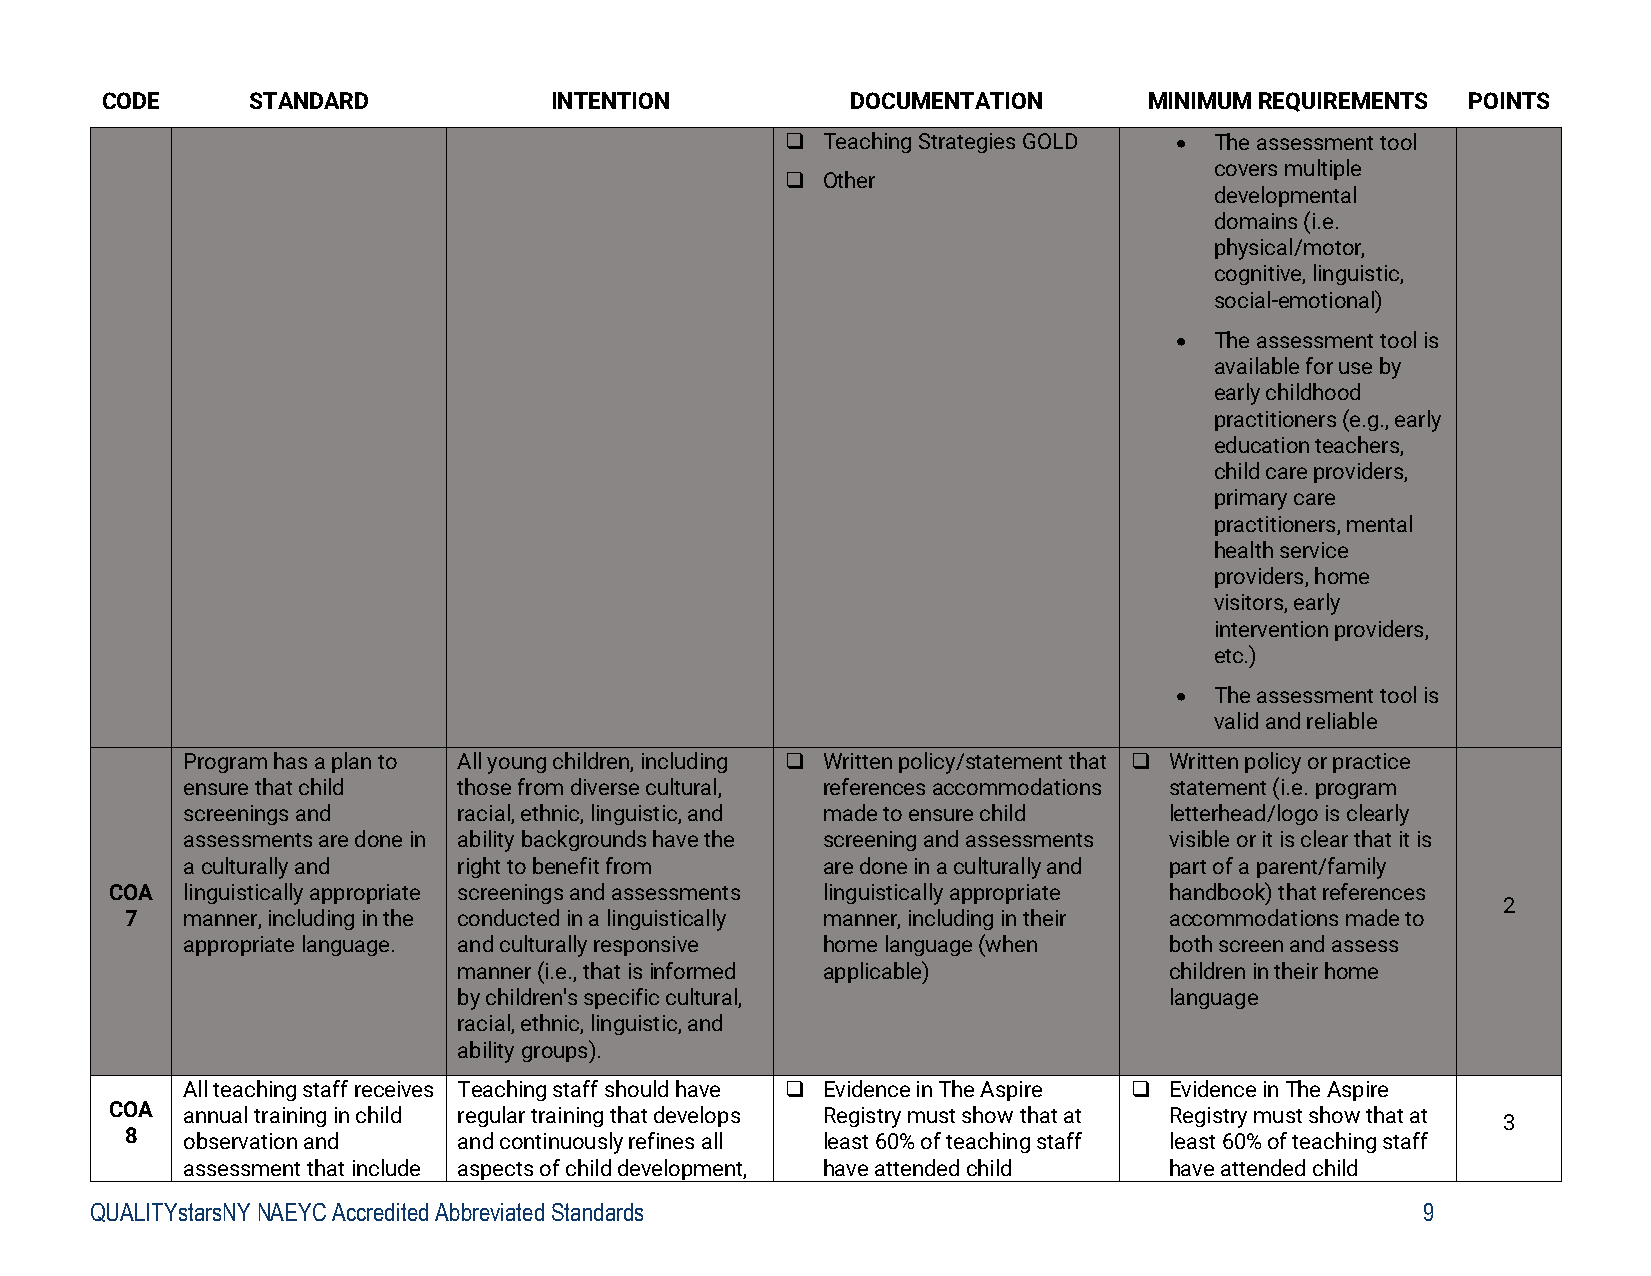
CODE     STANDARD            INTENTION           DOCUMENTATION       MINIMUM REQUIREMENTS POINTS
  Teaching Strategies GOLD  The assessment tool
 covers multiple
  Other
 developmental
 domains (i.e.
 physical/motor,
 cognitive, linguistic,
 social-emotional)
  The assessment tool is
 available for use by
 early childhood
 practitioners (e.g., early
 education teachers,
 child care providers,
 primary care
 practitioners, mental
 health service
 providers, home
 visitors, early
 intervention providers,
 etc.)
  The assessment tool is
 valid and reliable
 Program has a plan to All young children, including  Written policy/statement that  Written policy or practice
 ensure that child those from diverse cultural, references accommodations statement (i.e. program
 screenings and    racial, ethnic, linguistic, and made to ensure child letterhead/logo is clearly
 assessments are done in ability backgrounds have the screening and assessments visible or it is clear that it is
 a culturally and  right to benefit from   are done in a culturally and part of a parent/family
 COA  linguistically appropriate screenings and assessments linguistically appropriate handbook) that references
 2
 7   manner, including in the conducted in a linguistically manner, including in their accommodations made to
 appropriate language. and culturally responsive home language (when both screen and assess
 manner (i.e., that is informed applicable)     children in their home
 by children's specific cultural,               language
 racial, ethnic, linguistic, and
 ability groups).
 All teaching staff receives Teaching staff should have  Evidence in The Aspire  Evidence in The Aspire
 COA  annual training in child regular training that develops Registry must show that at Registry must show that at
 3
 8   observation and   and continuously refines all least 60% of teaching staff least 60% of teaching staff
 assessment that include aspects of child development, have attended child have attended child
 QUALITYstarsNY NAEYC Accredited Abbreviated Standards                                   9